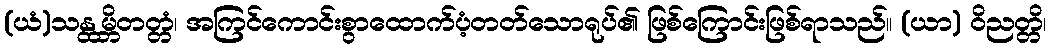
(ယံ)သန္ထမ္ဘိတတ္တံ၊ အကြင်ကောင်းစွာထောက်ပံ့တတ်သောရုပ်၏ ဖြစ်ကြောင်းဖြစ်ရာသည်။ (ယာ) ဝိညတ္တိ၊